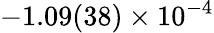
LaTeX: -1.09(38)\times 10^{-4}